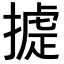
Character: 𢳵